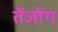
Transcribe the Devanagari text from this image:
तेंजोंग